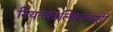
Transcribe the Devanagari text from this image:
नियतकालिकांचाही